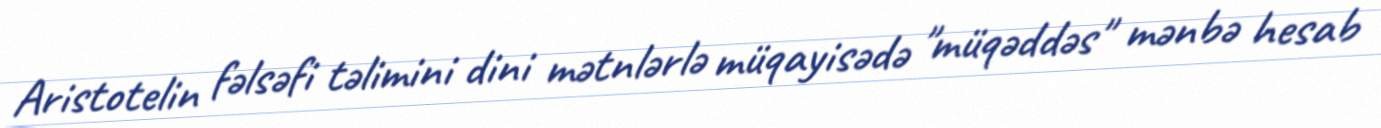
Aristotelin fəlsəfi təlimini dini mətnlərlə müqayisədə "müqəddəs" mənbə hesab